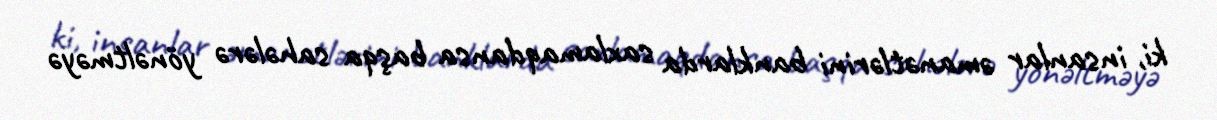
ki, insanlar əmanətlərini banklarda saxlamaqdansa başqa sahələrə yönəltməyə